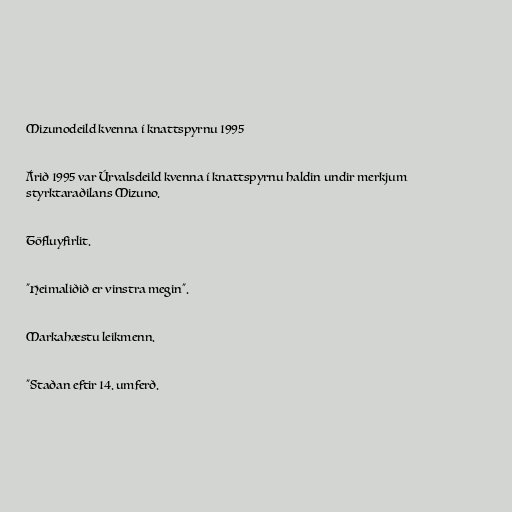
Mizunodeild kvenna í knattspyrnu 1995

Árið 1995 var Úrvalsdeild kvenna í knattspyrnu haldin undir merkjum
styrktaraðilans Mizuno.

Töfluyfirlit.

"Heimaliðið er vinstra megin".

Markahæstu leikmenn.

"Staðan eftir 14. umferð.